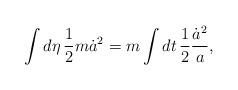
LaTeX: \begin{align*}\int d\eta\, {1\over2}m\dot a^2=m\int dt\,{1\over2}{\dot a^2\over a},\end{align*}